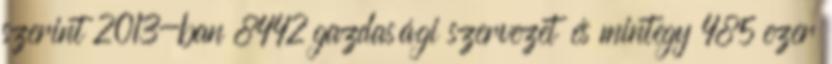
szerint 2013-ban 8442 gazdasági szervezet és mintegy 485 ezer